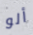
ألو